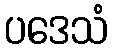
ပဒေသံ